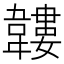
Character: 𩏝